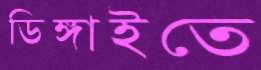
ডিঙ্গাইতে